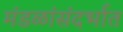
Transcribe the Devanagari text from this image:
मंडळांसंदर्भात